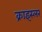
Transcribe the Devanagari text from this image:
क्राइस्लर